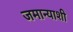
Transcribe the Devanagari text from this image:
जमान्याशी